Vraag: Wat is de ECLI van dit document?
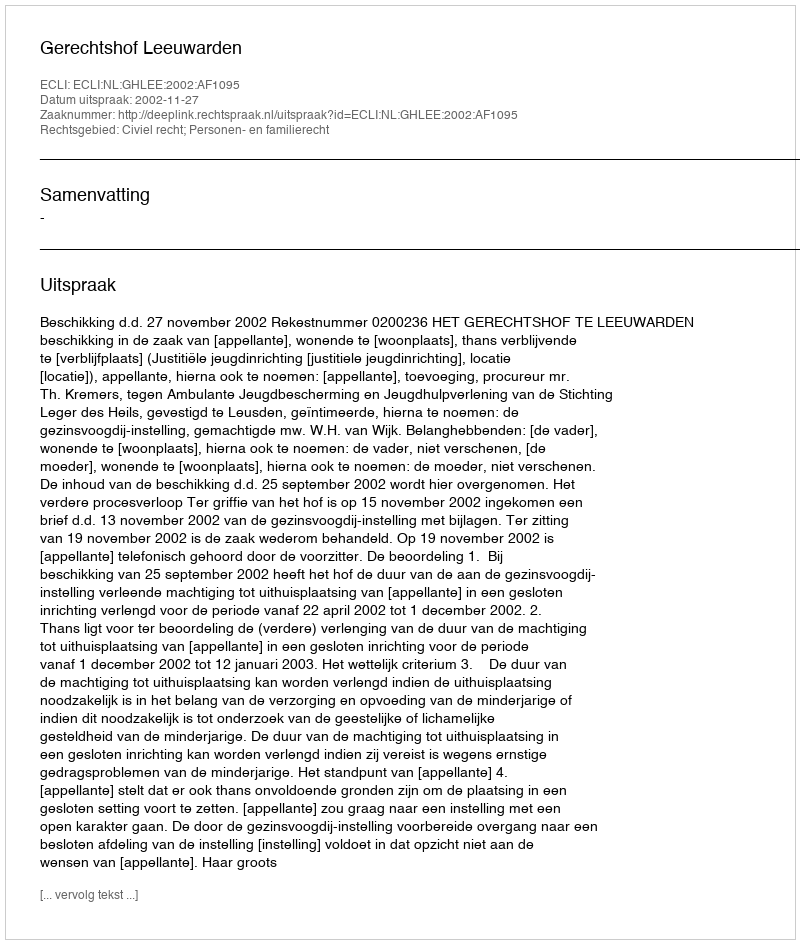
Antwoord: ECLI:NL:GHLEE:2002:AF1095